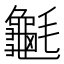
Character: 䶰